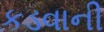
કડવાની